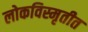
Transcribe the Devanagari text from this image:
लोकविस्मृतीत